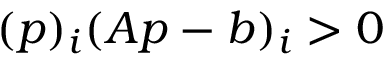
( { \boldsymbol { p } } ) _ { i } ( { \boldsymbol { A } } { \boldsymbol { p } } - { \boldsymbol { b } } ) _ { i } > 0